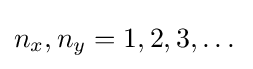
n_{x},n_{y}=1,2,3,\dots